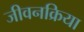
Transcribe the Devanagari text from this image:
जीवनक्रिया